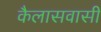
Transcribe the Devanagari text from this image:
कैलासवासी